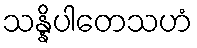
သန္နိပါတေသဟံ